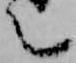
言